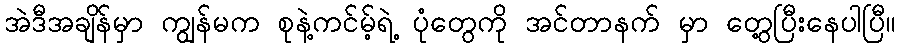
အဲဒီအချိန်မှာ ကျွန်မက စုနဲ့ကင်မ့်ရဲ့ ပုံတွေကို အင်တာနက် မှာ တွေ့ပြီးနေပါပြီ။